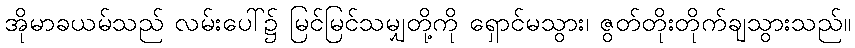
အိုမာခယမ်သည် လမ်းပေါ်၌ မြင်မြင်သမျှတို့ကို ရှောင်မသွား၊ ဇွတ်တိုးတိုက်ချသွားသည်။